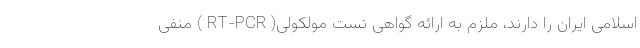
اسلامی ایران را دارند، ملزم به ارائه گواهی تست مولکولی( RT-PCR ) منفی